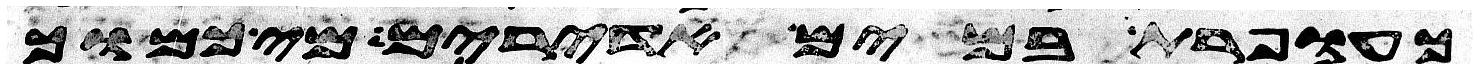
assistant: כעופרת במים אדירים מי כמוך